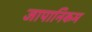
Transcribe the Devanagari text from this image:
जापानिकम